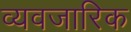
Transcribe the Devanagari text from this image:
व्यवजारिक